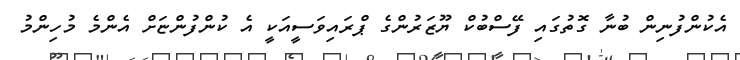
އެކުންފުނިން ބުނާ ގޮތުގައި ފޭސްބުކް ޔޫޒަރުންގެ ޕްރައިވަސީއަކީ އެ ކުންފުންޏަށް އެންމެ މުހިންމު